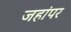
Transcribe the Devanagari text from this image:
जहांपर